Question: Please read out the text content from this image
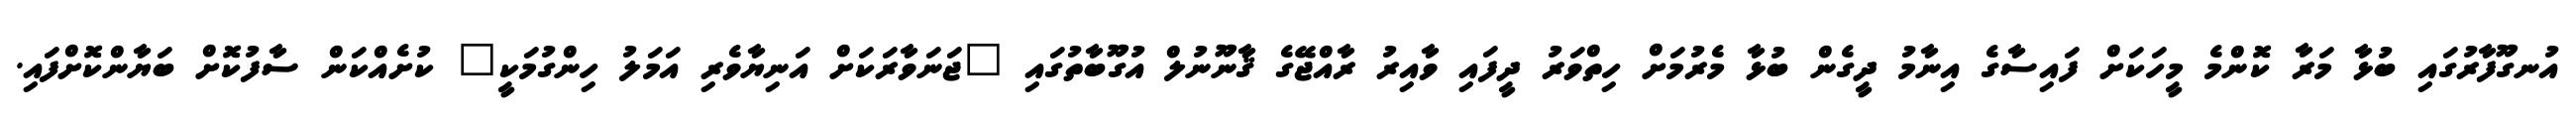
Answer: އުނގޫފާރުގައި ބުޅާ މަރާ ކޮންމެ މީހަކަށް ފައިސާގެ އިނާމު ދީގެން ބުޅާ މެރުމަށް ހިތްވަރު ދީފައި ވާއިރު ރާއްޖޭގެ ޤާނޫނުލް އުގޫބާތުގައި "ޖަނަވާރަކަށް އަނިޔާވެރި އަމަލު ހިންގުމަކީ" ކުށެއްކަން ސާފުކޮށް ބަޔާންކޮށްފައި.